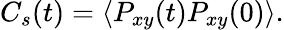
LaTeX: C_{s}(t)=\left\langle P_{xy}(t)P_{xy}(0)\right\rangle.